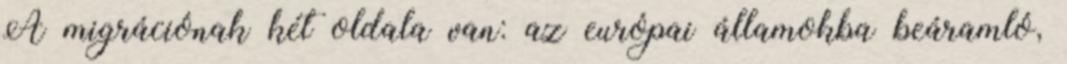
A migrációnak két oldala van: az európai államokba beáramló,